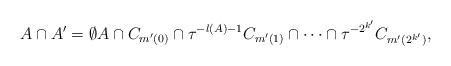
LaTeX: \begin{align*}A\cap A'=\emptyset A\cap C_{m'(0)}\cap\tau^{-l(A)-1}C_{m'(1)}\cap\dots\cap\tau^{-2^{k'}}C_{m'(2^{k'})},\end{align*}